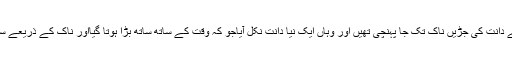
ماہرین کا کہنا ہے کہ دھنسے ہوئے دانت کی جڑیں ناک تک جا پہنچی تھیں اور وہاں ایک نیا دانت نکل آیاجو کہ وقت کے ساتھ ساتھ بڑا ہوتا گیااور ناک کے ذریعے سانس لینے میں دشواری پید اکر دی۔